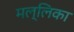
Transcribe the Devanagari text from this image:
मल्‍लिका